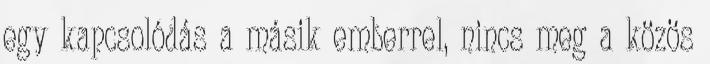
egy kapcsolódás a másik emberrel, nincs meg a közös